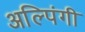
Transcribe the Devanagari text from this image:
अल्पिंगी